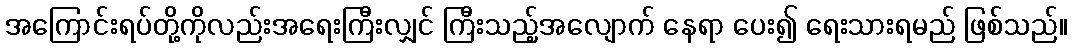
အကြောင်းရပ်တို့ကိုလည်းအရေးကြီးလျှင် ကြီးသည့်အလျောက် နေရာ ပေး၍ ရေးသားရမည် ဖြစ်သည်။